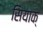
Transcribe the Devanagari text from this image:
सियाक्